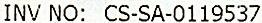
INV NO: CS-SA-0119537